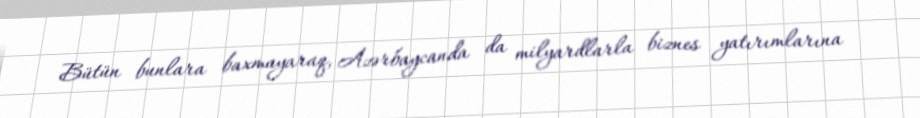
Bütün bunlara baxmayaraq, Azərbaycanda da milyardlarla biznes yatırımlarına